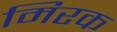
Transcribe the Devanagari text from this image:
मिरक